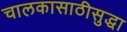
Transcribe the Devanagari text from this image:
चालकासाठीसुद्धा